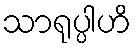
သာရုပ္ပါဟိ